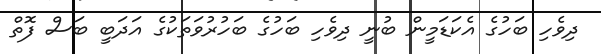
ދިވެހި ބަހުގެ އެކަޑަމީން ބުނީ ދިވެހި ބަހުގެ ބަހުރުވަތަކުގެ އަދަބީ ބަސް ފޮތް